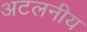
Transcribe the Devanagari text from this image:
अटलनीय